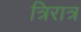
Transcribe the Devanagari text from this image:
त्रिरात्र